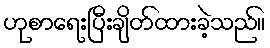
ဟုစာရေးပြီးချိတ်ထားခဲ့သည်။